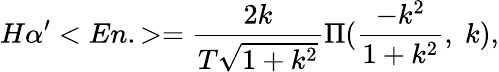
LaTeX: H\alpha^{\prime}<En.>=\frac{2k}{T\sqrt{1+k^{2}}}\Pi(\frac{-k^{2}}{1+k^{2}},\; k),